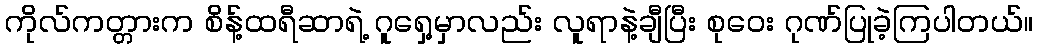
ကိုလ်ကတ္တားက စိန့်ထရီဆာရဲ့ ဂူရှေ့မှာလည်း လူရာနဲ့ချီပြီး စုဝေး ဂုဏ်ပြုခဲ့ကြပါတယ်။